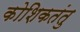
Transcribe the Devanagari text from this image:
कोशिकतंतु